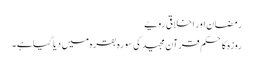
رمضان اور اخلاقی رویے
روزہ کا حکم قرآن مجید کی سورہ بقرہ میں دیا گیا ہے ۔